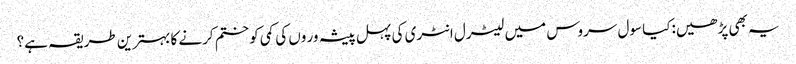
یہ بھی پڑھیں:کیا سول سروس میں لیٹرل انٹری کی پہل پیشہ ور وں کی کمی کو ختم کرنے کا بہترین طریقہ ہے؟